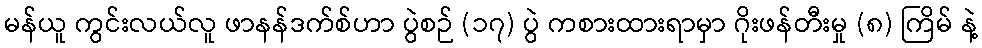
မန်ယူ ကွင်းလယ်လူ ဖာနန်ဒက်စ်ဟာ ပွဲစဉ် (၁၇) ပွဲ ကစားထားရာမှာ ဂိုးဖန်တီးမှု (၈) ကြိမ် နဲ့